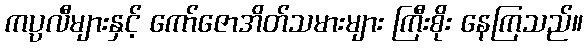
ကပ္ပလီများနှင့် ကော်ဇောအိတ်သမားများ ကြီးစိုး နေကြသည်။